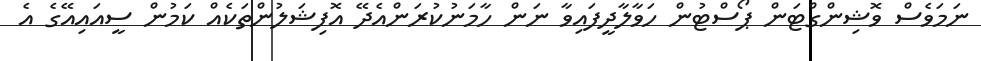
ނަމަވެސް ވޮޝިންގްޓަން ޕޯސްޓުން ހަވާލާދީފައިވާ ނަން ހާމަނުކުރަންއެދޭ އޮފިޝަލުންތަކެއް ކަމުން ސީއައިއޭގެ އެ